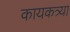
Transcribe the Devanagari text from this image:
कायकत्र्या